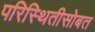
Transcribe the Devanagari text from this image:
परिस्थितीसोबत